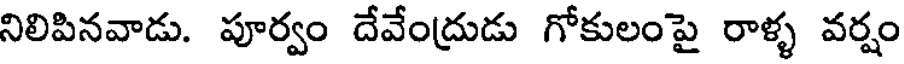
నిలిపినవాడు. పూర్వం దేవేంద్రుడు గోకులంపై రాళ్ళ వర్షం